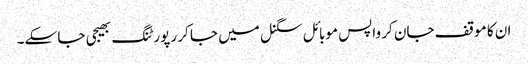
ان کا موقف جان کر واپس موبائل سگنل میں جا کر رپورٹنگ بھیجی جا سکے۔